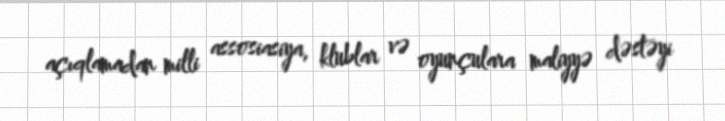
açıqlamadan milli assosiasiya, klublar və oyunçulara maliyyə dəstəyi